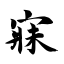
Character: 寐